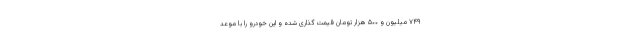
۷۴۹ میلیون و ۵۰۰ هزار تومان قیمت گذاری شده و این خودرو را با موعد